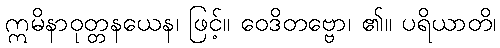
ဣမိနာဝုတ္တနယေန၊ ဖြင့်။ ဝေဒိတဗ္ဗော၊ ၏။ ပရိယာတိ၊